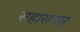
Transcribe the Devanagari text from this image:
सहासनम्